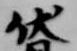
伏